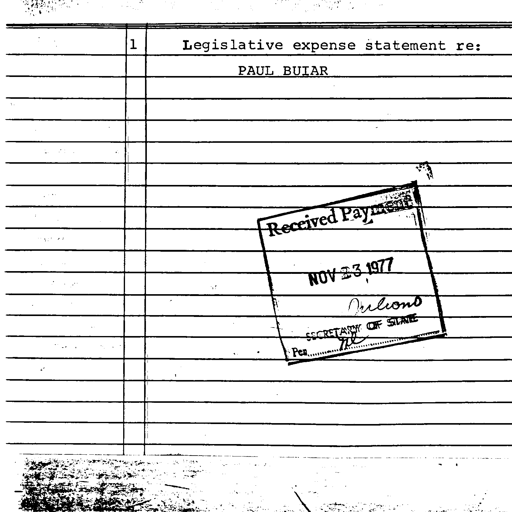
1 Legislative expense statement re:
PAUL BUIAR
Received Payment
NOV 23 1977
Juliano
SECRETARY OF STATE
Per JL